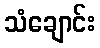
သံချောင်း